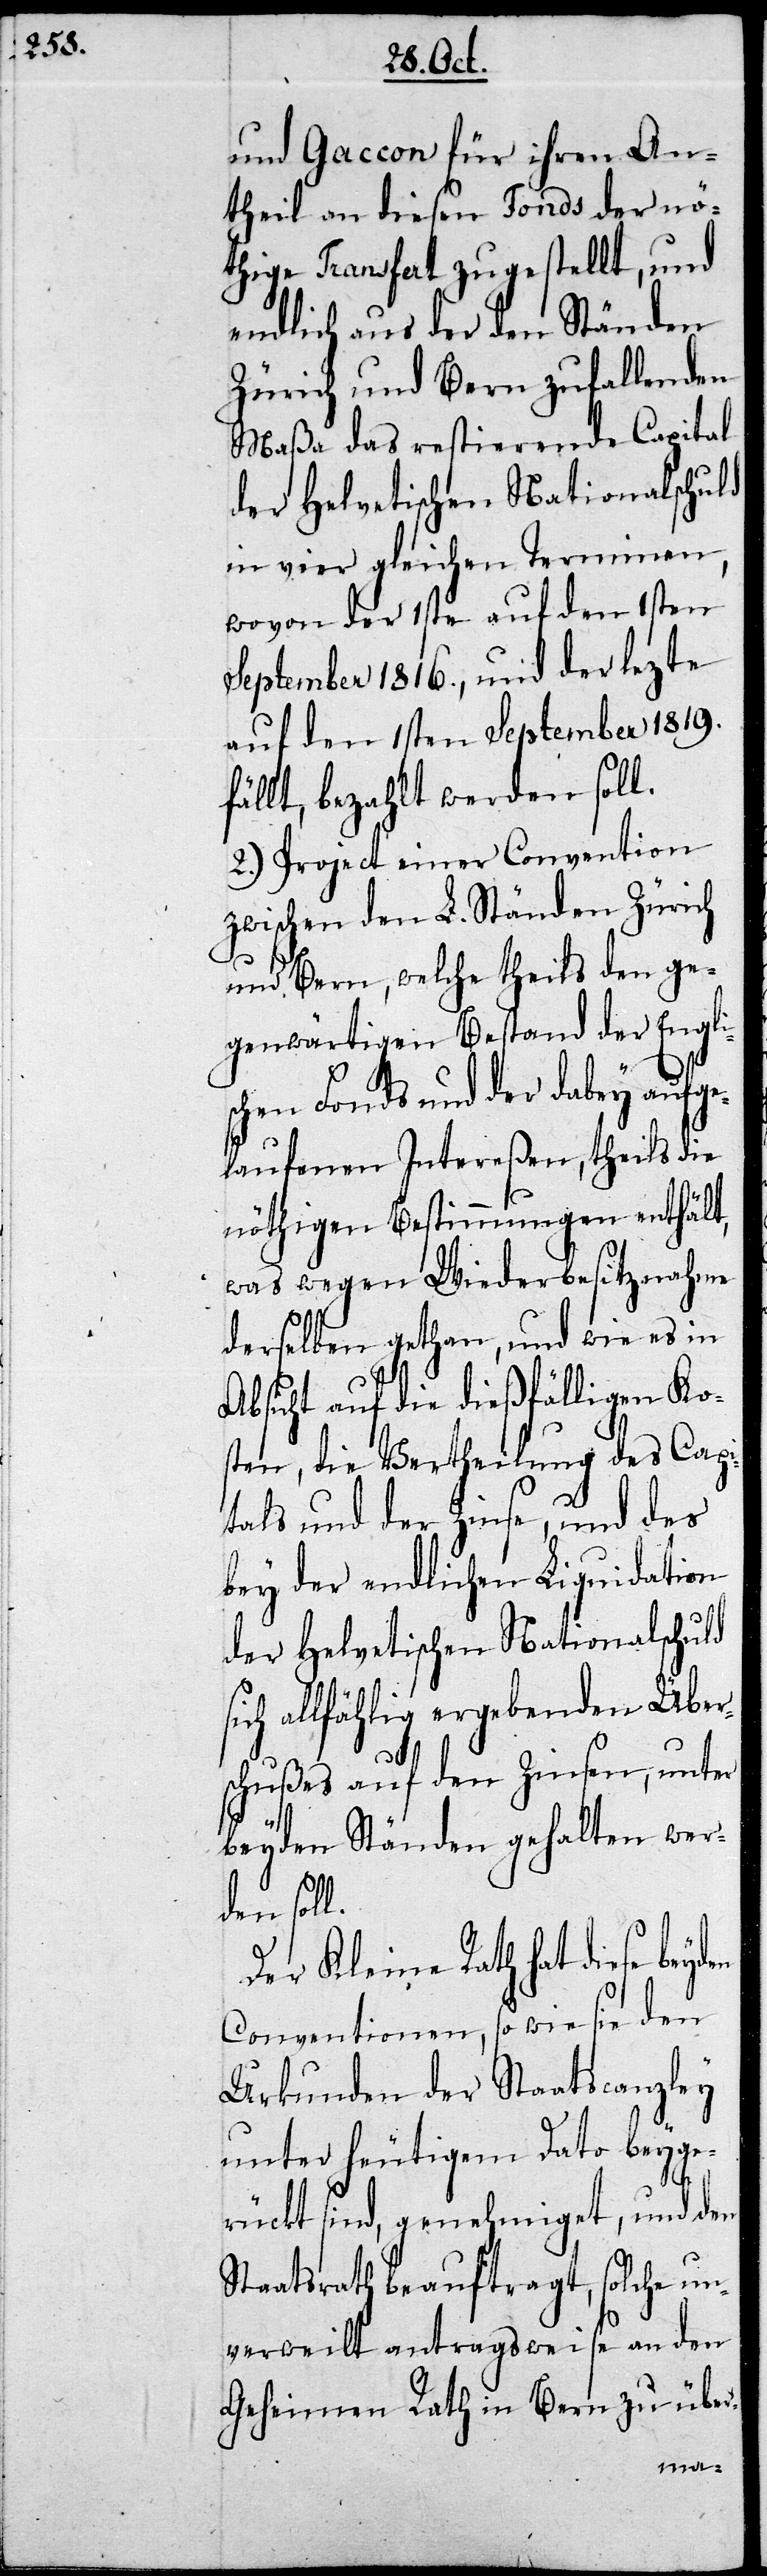
und Gaccon für ihren An¬
theil an diesen Fonds der nö¬
thige Transfert zugestellt, und
endlich aus der den Ständen
Zürich und Bern zufallenden
des
Maßa das restieren¬
api¬
in vier gleichen Ter¬
1sten
wovon der 1ste auf
lt,
September 1816., und der
auf den 1sten September 1819.
s¬
fällt, bezahlt werden
2.) Project einer Con¬
zwischen den L. Ständen Zürich
n ge¬
und Bern, welche theils
genwärtigen Bestand der Engli¬
schen Fonds und der dabey aufge¬
laufenen Intereßen, theils die
nöthigen Bestimmungen enthä¬
znah¬
was wegen Wieder¬
derselben gethan, und
Absicht auf die dießfälligen Ko¬
sten, die Vertheilung des C¬
tals und der Zinse, und
bey der endlichen Liquidation
der Helvetischen Nationalschuld
ich allfählig ergebenden Über¬
schußes auf den Zinsen,
beyden Ständen gehalten wer¬
den soll.
Der Kleine Rath hat diese
Conventionen, so wie sie den
Urkunden der Staatscanzley
unter heutigem Dato beyge¬
rückt sind, genehmiget, und den
Staatsrath beauftragt, solche un¬
verweilt antragsweise an den
Geheimen Rath in Bern zu über-